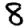
Digit: 8